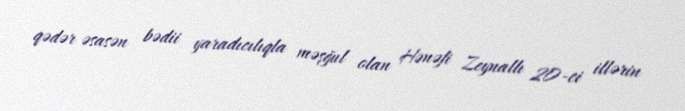
qədər əsasən bədii yaradıcılıqla məşğul olan Hənəfi Zeynallı 20-ci illərin